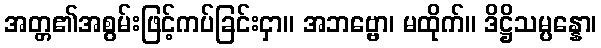
အတ္တ၏အစွမ်းဖြင့်ကပ်ခြင်းငှာ။ အဘဗ္ဗော၊ မထိုက်။ ဒိဋ္ဌိသမ္ပန္နော၊